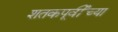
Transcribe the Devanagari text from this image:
शतकपूर्वीच्या